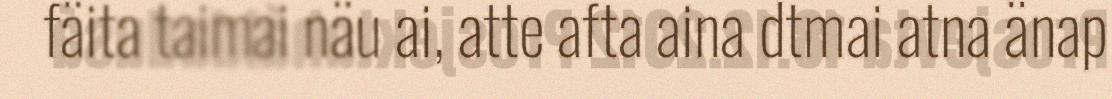
fäita taimai näu ai, atte afta aina dtmai atna änap